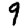
Digit: 9